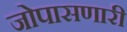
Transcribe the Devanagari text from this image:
जोपासणारी